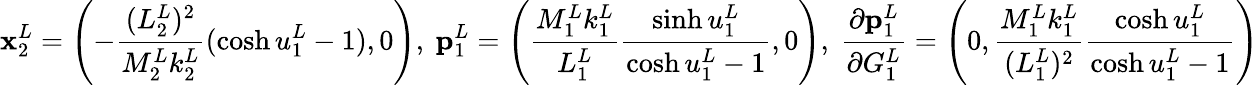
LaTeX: \mathbf{x}_{2}^{L}=\left(-\frac{(L_{2}^{L})^{2}}{M_{2}^{L}k_{2}^{L}}(\cosh u_{1}^{L}-1),0\right),\ \mathbf{p}_{1}^{L}=\left(\frac{M_{1}^{L}k_{1}^{L}}{L_{1}^{L}}\frac{\sinh u_{1}^{L}}{\cosh u_{1}^{L}-1},0\right),\ \frac{\partial\mathbf{p}_{1}^{L}}{\partial G_{1}^{L}}=\left(0,\frac{M_{1}^{L}k_{1}^{L}}{(L_{1}^{L})^{2}}\frac{\cosh u_{1}^{L}}{\cosh u_{1}^{L}-1}\right)